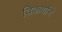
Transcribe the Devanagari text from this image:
विकर्णाने